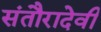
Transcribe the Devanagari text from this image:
संतौरादेवी